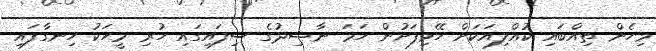
މިހެން ތިއްބައި ކުއްލިއަކަށް ހޭޅިފަށުން ހަމަ ނާޝިދުގެ ސިފައިގައި ހުރި މީހަކު ހިނގާފައި